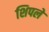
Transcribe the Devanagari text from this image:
शिपले